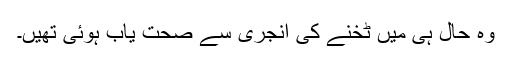
وہ حال ہی میں ٹخنے کی انجری سے صحت یاب ہوئی تھیں۔